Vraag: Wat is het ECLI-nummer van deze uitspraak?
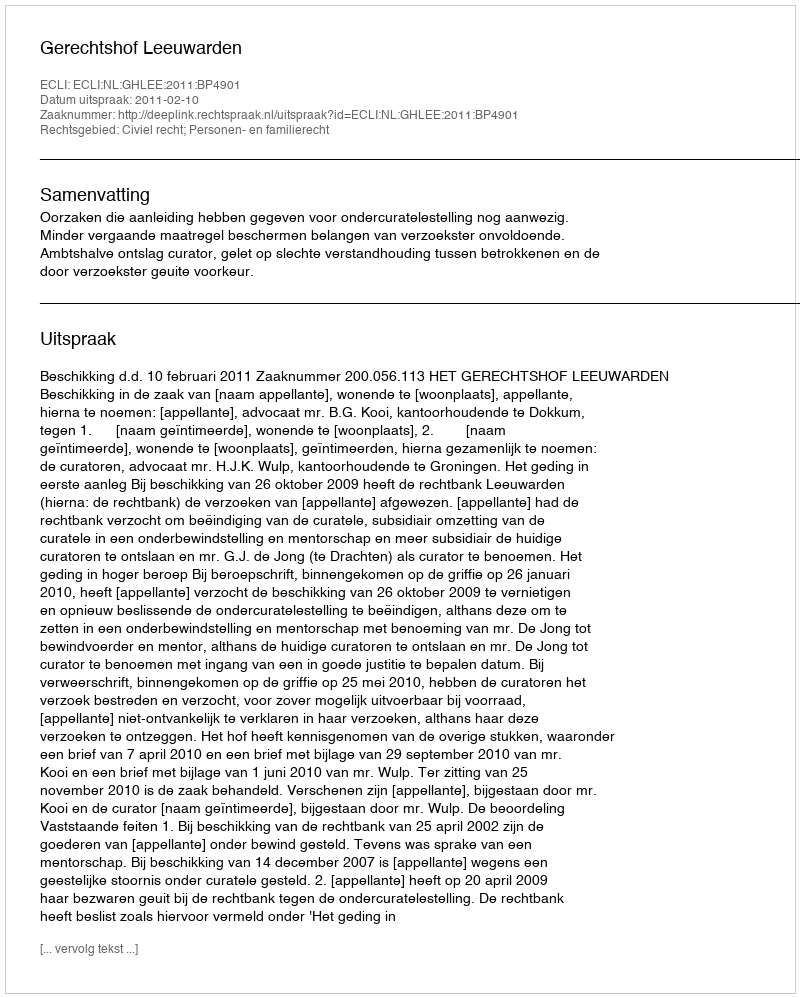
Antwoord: ECLI:NL:GHLEE:2011:BP4901